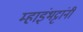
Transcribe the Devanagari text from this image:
म्हाइंभट्टांनी